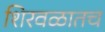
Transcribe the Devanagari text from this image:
शिरवळातच